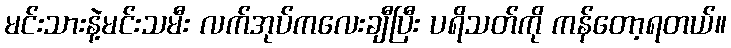
မင်းသားနဲ့မင်းသမီး လက်အုပ်ကလေးချီပြီး ပရိသတ်ကို ကန်တော့ရတယ်။